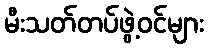
မီးသတ်တပ်ဖွဲ့ဝင်များ